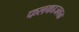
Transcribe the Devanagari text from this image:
फलकाजवळ